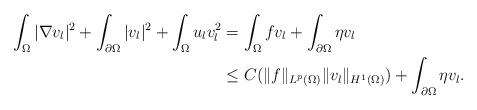
LaTeX: \begin{align*}\begin{aligned}\int_{\Omega}|\nabla v_{l}|^{2}+\int_{\partial\Omega}|v_{l}|^{2}+\int_{\Omega}u_{l}v_{l}^{2}&=\int_{\Omega}fv_{l}+\int_{\partial\Omega}\eta v_{l}\\&\le C(\|f\|_{L^{p}(\Omega)}\|v_{l}\|_{H^{1}(\Omega)})+\int_{\partial\Omega}\eta v_{l}.\end{aligned}\end{align*}